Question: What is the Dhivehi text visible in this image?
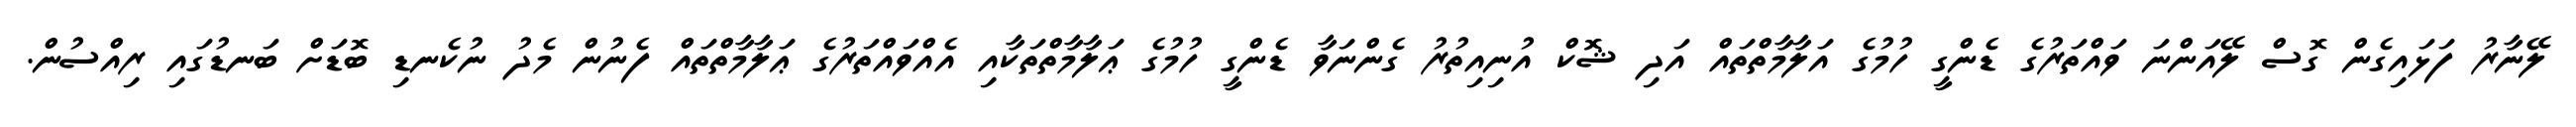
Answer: ލޭނާރު ފަޅައިގެން ގޮސް ލޭއަންނަ ވައްތަރުގެ ޑެންގީ ހުމުގެ އަލާމާތްތައް އަދި ޝޮކް އުނިއިތުރު ގެންނަވާ ޑެންގީ ހުމުގެ ޢަލާމާތްތަކާއި އެއްވައްތަރުގެ ޢަލާމާތްތައް ފެނުން މެދު ނުކެނޑި ބޮޑަށް ބަނޑުގައި ރިއްސުން.